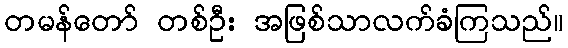
တမန်တော် တစ်ဦး အဖြစ်သာလက်ခံကြသည်။